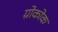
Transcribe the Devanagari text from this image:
ग्रोकोक